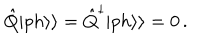
LaTeX: \hat { Q } | p h \rangle \rangle = \hat { Q } ^ { \dagger } | p h \rangle \rangle = 0 \, .